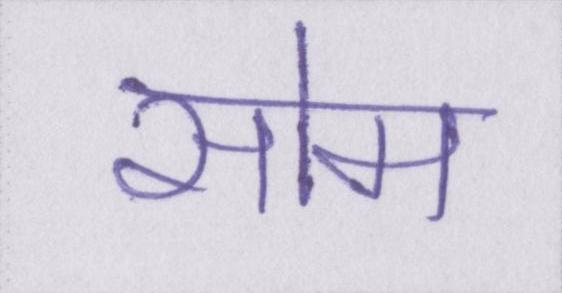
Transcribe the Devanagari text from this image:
सोम